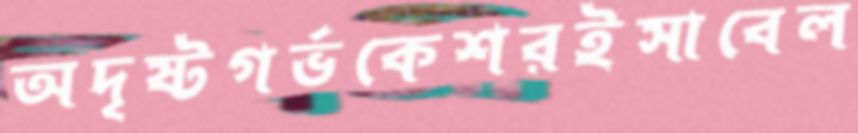
অদৃষ্টগর্ভকেশরইসাবেল